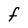
Character: F